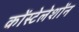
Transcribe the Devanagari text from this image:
कोंस्टेलेशोंन